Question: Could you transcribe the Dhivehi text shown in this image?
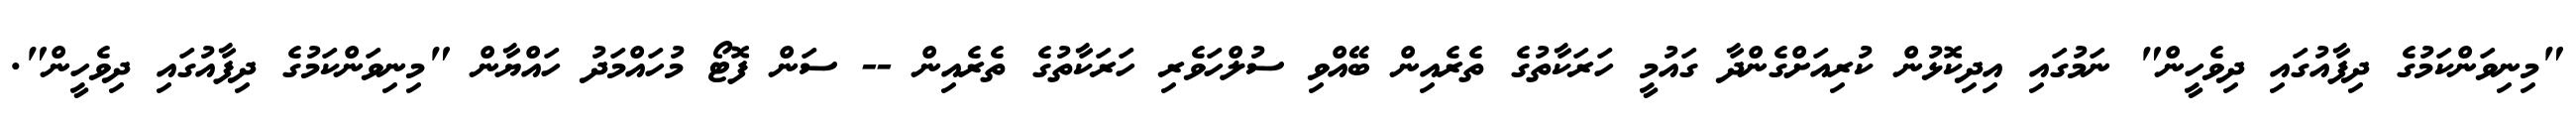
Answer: "މިނިވަންކަމުގެ ދިފާއުގައި ދިވެހީން" ނަމުގައި އިދިކޮޅުން ކުރިއަށްގެންދާ ގައުމީ ހަރަކާތުގެ ތެރެއިން ބޭއްވި ސުލްހަވެރި ހަރަކާތުގެ ތެރެއިން -- ސަން ފޮޓޯ މުހައްމަދު ހައްޔާން "މިނިވަންކަމުގެ ދިފާއުގައި ދިވެހީން".